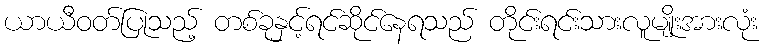
ယာယီဝတ်ပြုသည့် တစ်ခုနှင့်ရင်ဆိုင်နေရသည် တိုင်းရင်းသားလူမျိုးအားလုံး